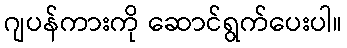
ဂျပန်ကားကို ဆောင်ရွက်ပေးပါ။